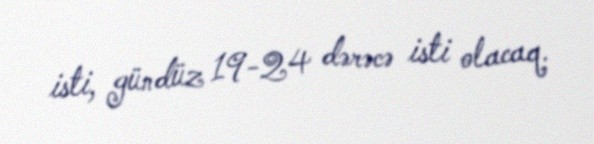
isti, gündüz 19-24 dərəcə isti olacaq.